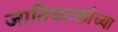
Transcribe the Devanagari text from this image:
जातिघटकांच्या